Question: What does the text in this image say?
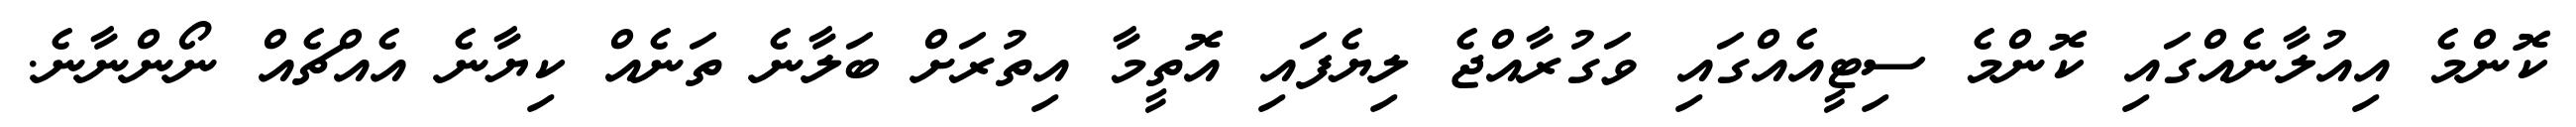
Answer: ކޮންމެ އިއުލާނެއްގައި ކޮންމެ ސިޓީއެއްގައި ވަގުރާއްޖެ ލިޔެފައި އޮތީމާ އިތުރަށް ބަލާނެ ތަނެއް ކިޔާނެ އެއްޗެއް ނޯންނާނެ.